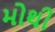
મોથી